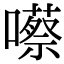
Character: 𡂠